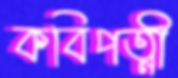
কবিপত্নী